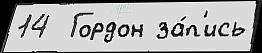
14  Гордон за́п'ись